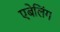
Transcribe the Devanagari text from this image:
एबेलिंग